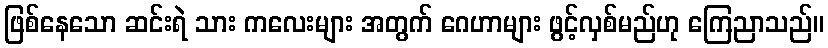
ဖြစ်နေသော ဆင်းရဲ သား ကလေးများ အတွက် ဂေဟာများ ဖွင့်လှစ်မည်ဟု ကြေညာသည်။